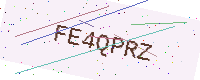
Text: FE4QPRZ